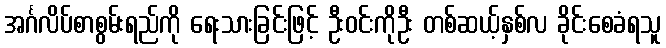
အင်္ဂလိပ်စာစွမ်းရည်ကို ရေးသားခြင်းဖြင့် ဦးဝင်းကိုဦး တစ်ဆယ့်နှစ်လ ခိုင်းစေခံရသူ